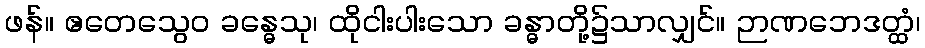
ဖန်။ ဧတေသွေဝ ခန္ဓေသု၊ ထိုငါးပါးသော ခန္ဓာတို့၌သာလျှင်။ ဉာဏဘေဒတ္ထံ၊